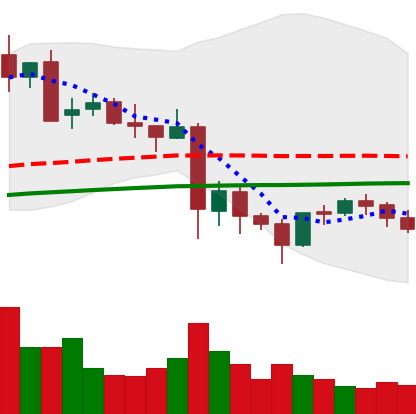
Ticker: LTC-USD
Chart end date: 2021-05-29
Forward return: 17.873%
Label: up_7plus